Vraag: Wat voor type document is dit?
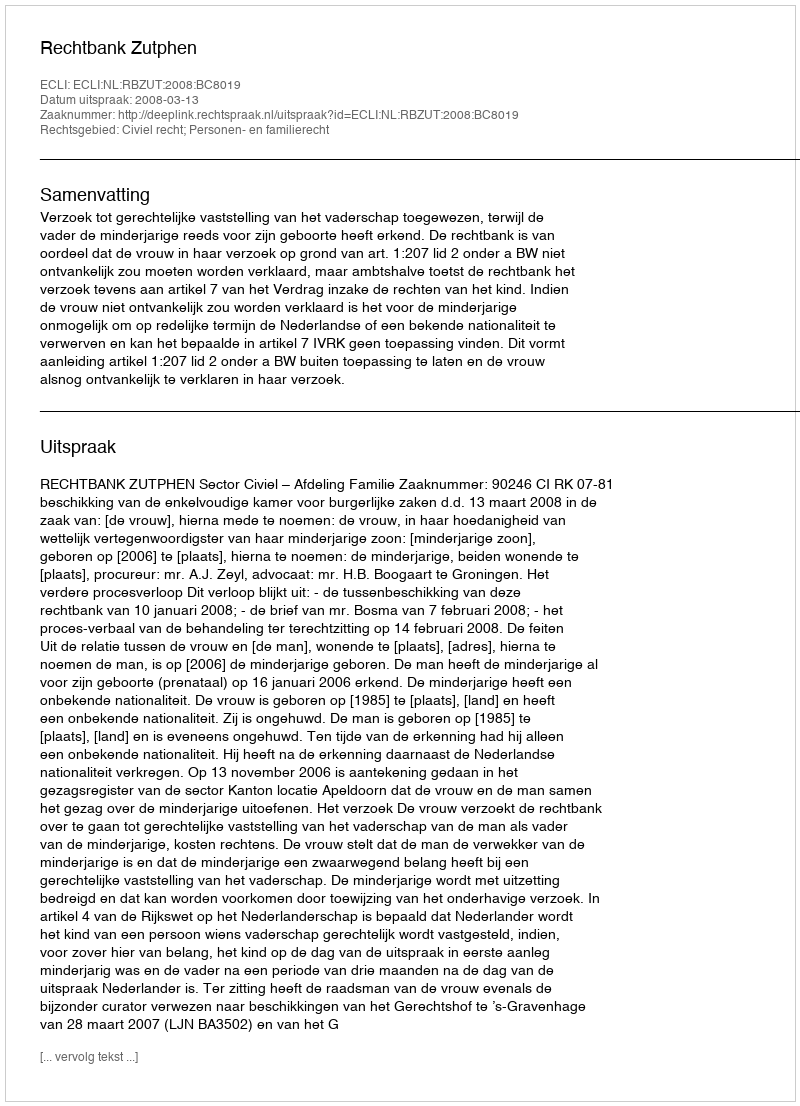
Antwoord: Uitspraak